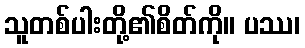
သူတစ်ပါးတို့၏စိတ်ကို။ ပဿ၊